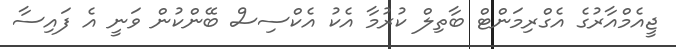
ޖީއެމްއާރުގެ އެގްރިމަންޓް ބާތިލް ކުރުމާ އެކު އެކްސިސް ބޭންކުން ވަނީ އެ ފައިސާ